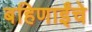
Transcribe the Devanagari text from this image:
बहिणाईंचे